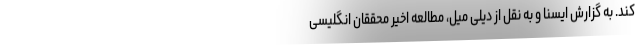
کند. به گزارش ایسنا و به نقل از دیلی میل، مطالعه اخیر محققان انگلیسی